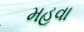
મહૂવા